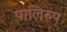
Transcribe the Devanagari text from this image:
पालिरुप